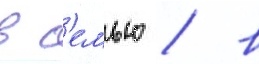
в с'емью / в